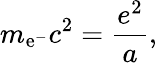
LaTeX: m_{\mathrm{e}^{-}}c^{2}=\frac{e^{2}}{a},